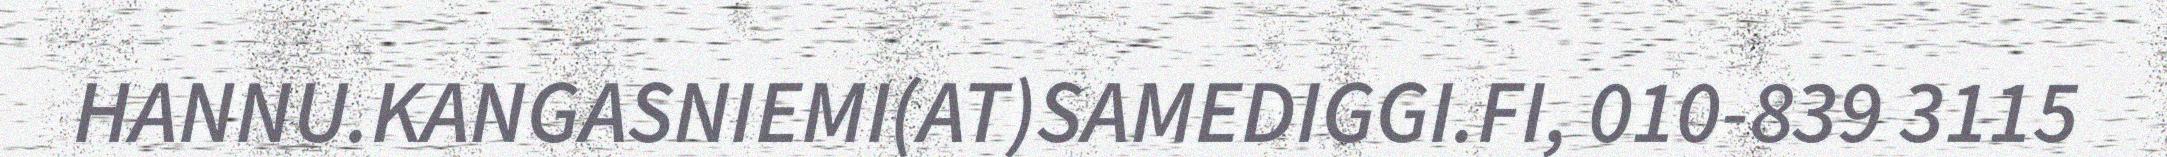
HANNU.KANGASNIEMI(AT)SAMEDIGGI.FI, 010-839 3115